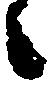
々